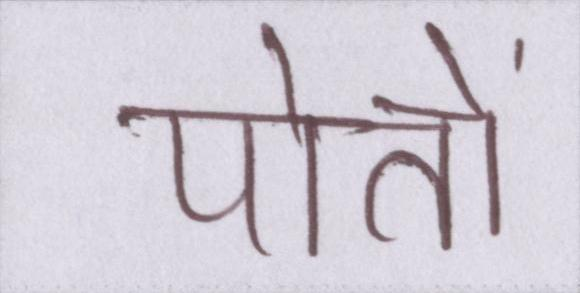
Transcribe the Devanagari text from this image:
पोतों